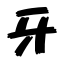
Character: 牙